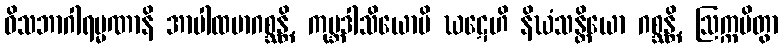
ဝိသဘာဂါရမ္မဏာနိ အာပါထမာဂစ္ဆန္တိ, ကုမ္ဘဒါသိယောပိ ဃဋေဟိ နိဃံသန္တိယော ဂစ္ဆန္တိ, ဩက္ကမိတွာ